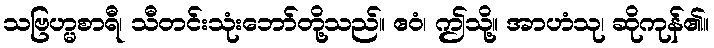
သဗြဟ္မစာရီ၊ သီတင်းသုံးဘော်တို့သည်။ ဧဝံ၊ ဤသို့။ အာဟံသု၊ ဆိုကုန်၏။